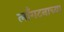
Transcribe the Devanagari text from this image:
लाँगटनाच्या